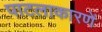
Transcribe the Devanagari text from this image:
पाटलाकारणें